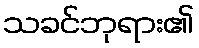
သခင်ဘုရား၏